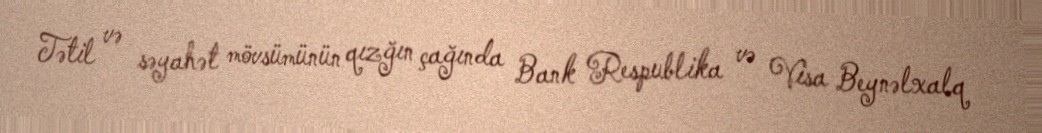
Tətil və səyahət mövsümünün qızğın çağında Bank Respublika və Visa Beynəlxalq